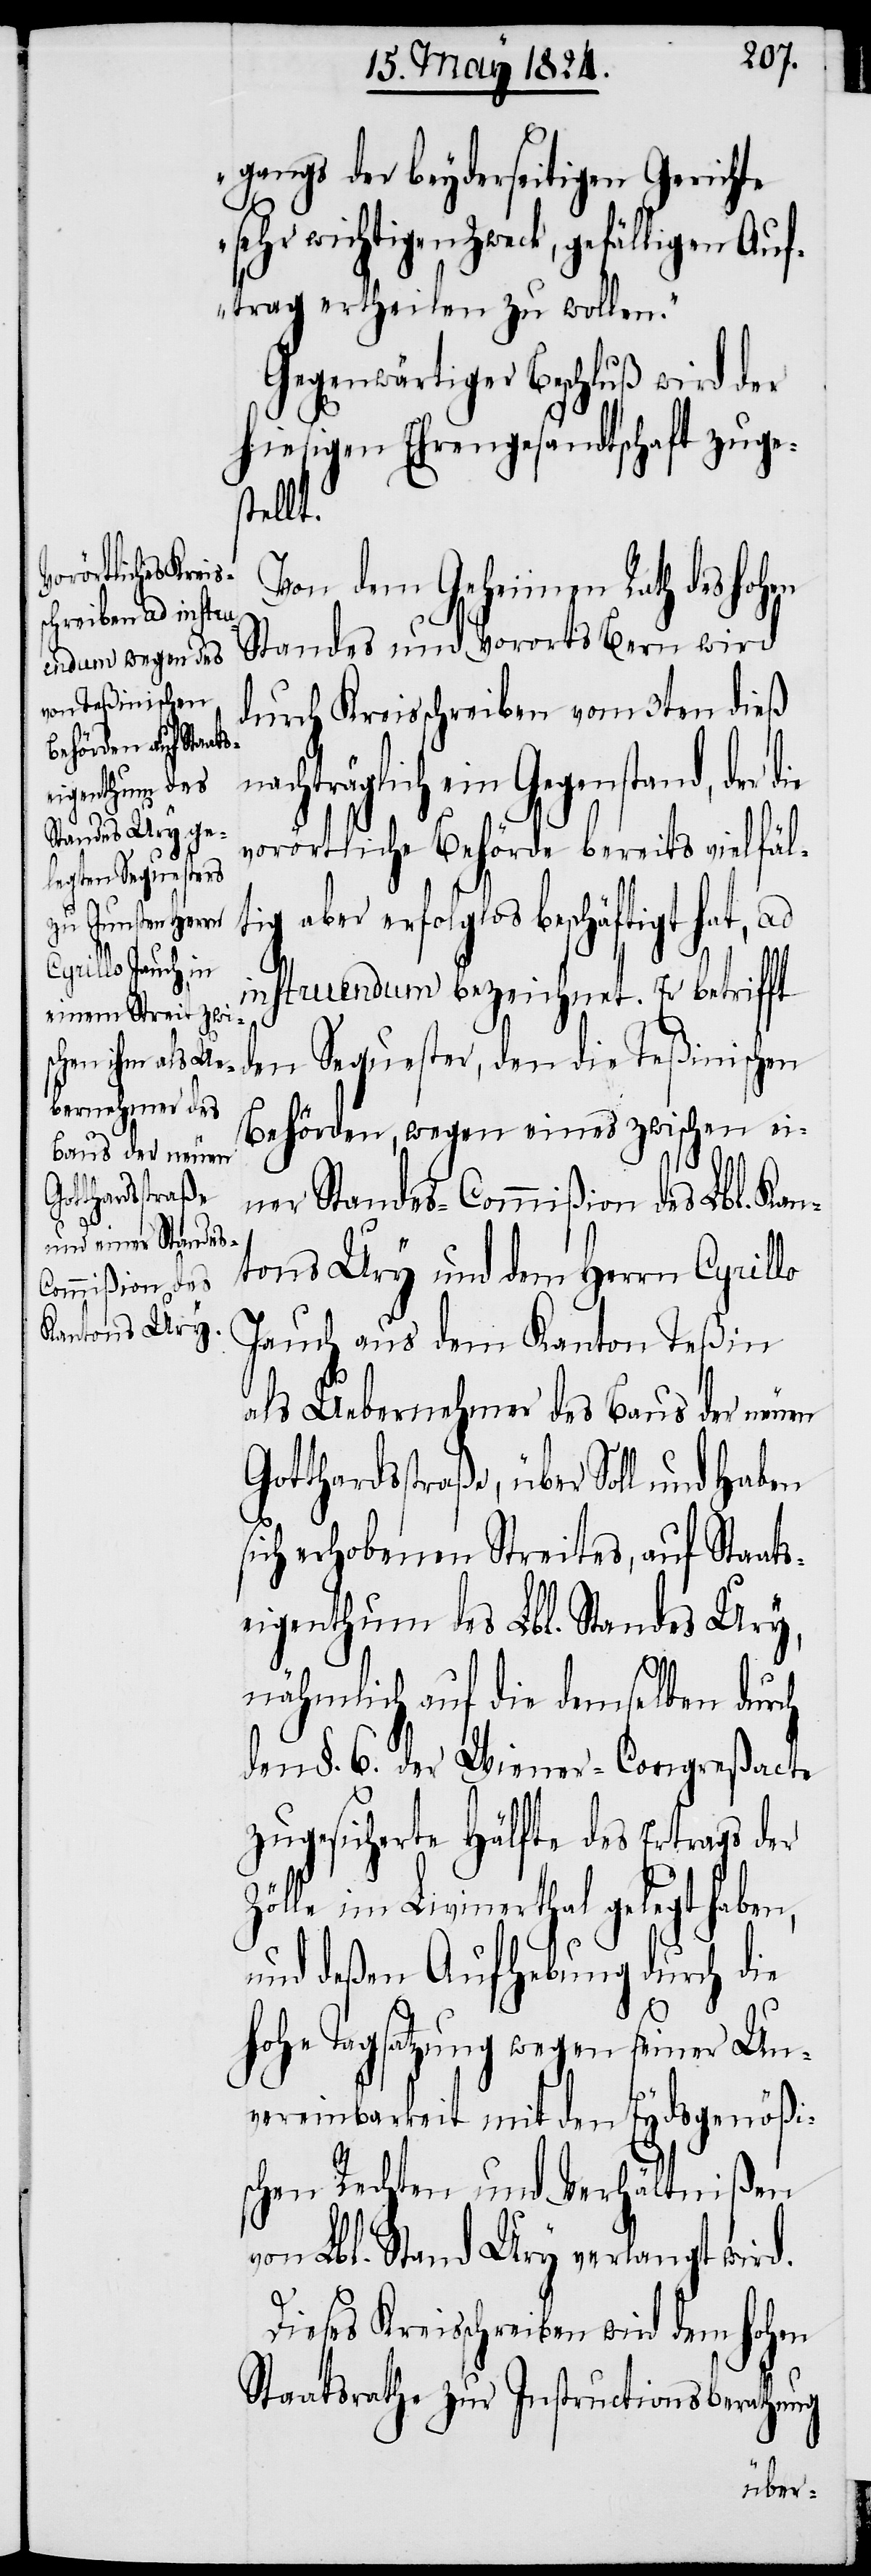
gangs der beyderseitigen Gerichte
wichtigen Zweck, gefälligen Auf¬
trag ertheilen zu wollen.“
Gegenwärtiger Beschluß wird der
hiesigen Ehrengesandtschaft zuge¬
stellt.
Von dem Geheimen Rath des hohen
Standes und Vororts Bern wird
durch Kreisschreiben vom 3ten dieß n¬
achträglich ein Gegenstand, der
vorörtliche Behörde bereits vielfäl¬
tig aber erfolglos beschäftigt hat, ad
instruendum bezeichnet. Er betrifft
den Sequester, den die Teßinischen
Behörden, wegen eines zwischen ei¬
ner Standes-Commißion des Lbl. Kan¬
tons Ury und dem Herrn Cyrillo
Jauch aus dem Kanton Teßin
als Uebernehmer des Baus der neuen
Gotthardstraße, über Soll und Haben
sich erhobenen Streites, auf Staats¬
eigenthum des Lbl. Standes Ury,
nähmlich auf die demselben durch
den §. 6. der Wiener Congreßacte
zugesicherte Hälfte des Ertrags der
Zölle im Livinerthal gelegt haben,
und desen Aufhebung durch die
hohe Tagsatzung wegen seiner Un¬
vereinbarkeit mit dem Eydsgenößi¬
schen Rechten und Verhältnißen
von Lbl. Stand Ury verlangt wird.
Dieses Kreisschreiben wird dem hohen
Staatsrathe zur Instructionsberathung